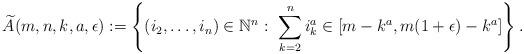
LaTeX: \begin{align*}\widetilde{A}(m,n, k, a,\epsilon):=\left\{(i_2, \dots, i_n)\in \mathbb{N}^n: \ \sum_{k=2}^n i_k^a\in [m-k^a, m(1+\epsilon)-k^a]\right\}.\end{align*}